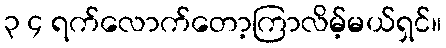
၃ ၄ ရက်လောက်တော့ကြာလိမ့်မယ်ရှင်။